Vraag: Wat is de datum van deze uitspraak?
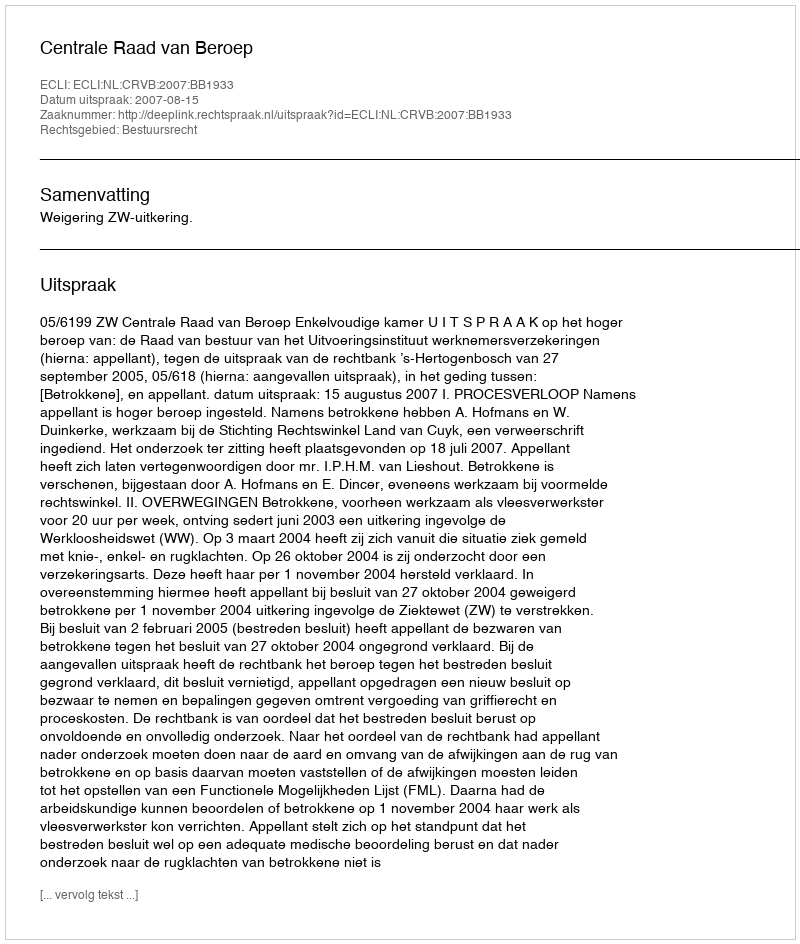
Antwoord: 2007-08-15